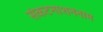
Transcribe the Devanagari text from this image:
संकटनाशननाम